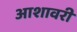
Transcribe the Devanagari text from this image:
आशावरी